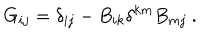
LaTeX: G _ { i j } = \delta _ { i j } - B _ { i k } \delta ^ { k m } B _ { m j } \ .